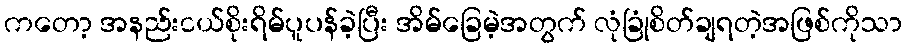
ကတော့ အနည်းငယ်စိုးရိမ်ပူပန်ခဲ့ပြီး အိမ်ခြေမဲ့အတွက် လုံခြုံစိတ်ချရတဲ့အဖြစ်ကိုသာ